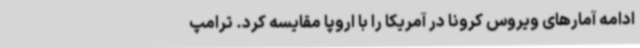
ادامه آمارهای ویروس کرونا در آمریکا را با اروپا مقایسه کرد. ترامپ